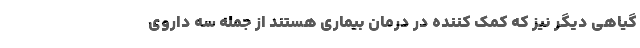
گیاهی دیگر نیز که کمک کننده در درمان بیماری هستند از جمله سه داروی